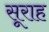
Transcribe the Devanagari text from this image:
सूराह